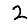
Digit: 2